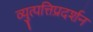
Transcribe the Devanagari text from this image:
व्युत्पत्तिप्रदर्शन